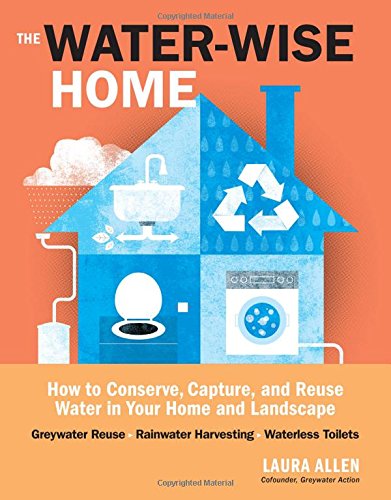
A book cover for The Water-Wise Home: How to Conserve, Capture, and Reuse Water in Your Home and Landscape; Laura Allen; Science & Math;